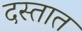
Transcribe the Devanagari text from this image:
दस्तात